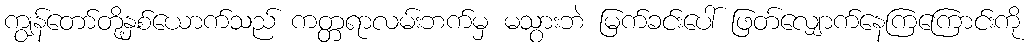
ကျွန်တော်တို့နှစ်ယောက်သည် ကတ္တရာလမ်းဘက်မှ မသွားဘဲ မြက်ခင်းပေါ် ဖြတ်လျှောက်နေကြကြောင်းကို